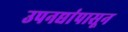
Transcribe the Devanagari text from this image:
उपनद्यांपासून